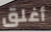
أغلق